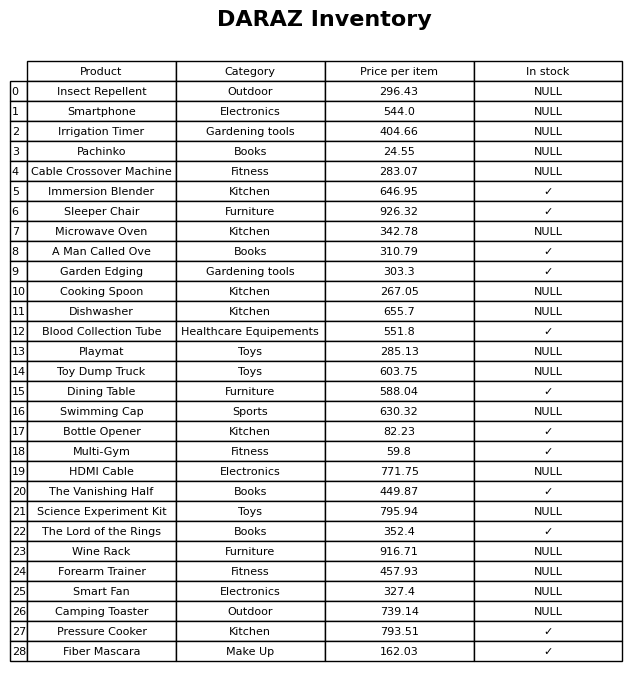
question: What is the price for Smart Fan?
answer: The price of Smart Fan is 327.4.